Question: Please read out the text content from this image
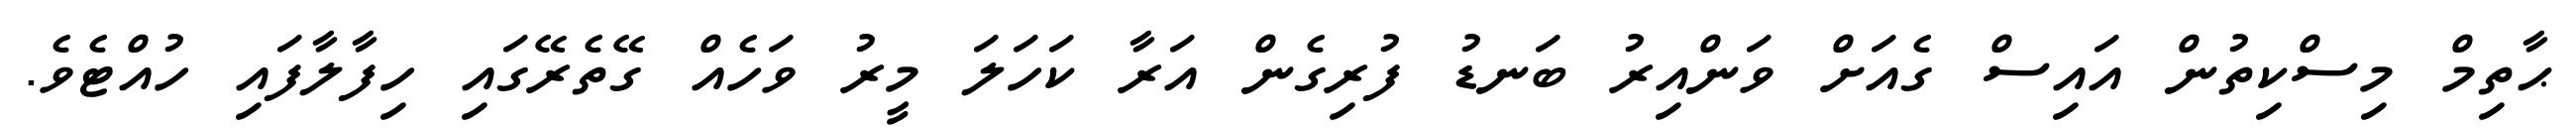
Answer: ޙާތިމް މިސްކިތުން އައިސް ގެއަށް ވަންއިރު ބަނޑު ފުރިގެން އަރާ ކަހަލަ މީރު ވަހެއް ގޭތެރޭގައި ހިފާލާފައި ހުއްޓެވެ.